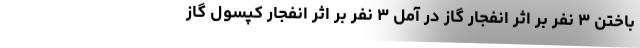
باختن ۳ نفر بر اثر انفجار گاز در آمل ۳ نفر بر اثر انفجار کپسول گاز